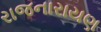
રાજનારાયણ